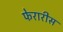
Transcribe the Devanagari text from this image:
फेरारीस